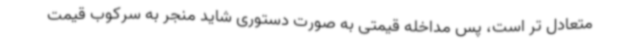
متعادل تر است، پس مداخله قیمتی به صورت دستوری شاید منجر به سرکوب قیمت